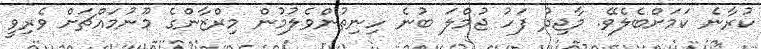
ކުރާނެ ކަމަށްބެލެވޭ. މާޖިދު ފަހު ޖުމްލަ ބުނެ ހިނިތުންވެލުމުން މިރްޒާންގެ މޫނުމައްޗަށް ވެރިވީ